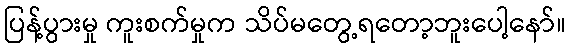
ပြန့်ပွားမှု ကူးစက်မှုက သိပ်မတွေ့ရတော့ဘူးပေါ့နော်။